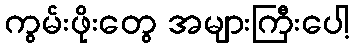
ကွမ်းဖိုးတွေ အများကြီးပေါ့